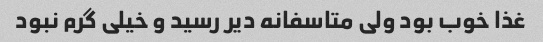
غذا خوب بود ولی متاسفانه دیر رسید و خیلی گرم نبود